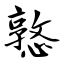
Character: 憝